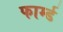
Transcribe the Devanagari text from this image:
फार्म्ड